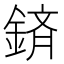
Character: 𮢕